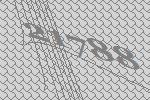
21788